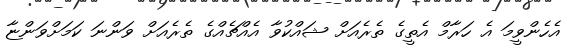
އެހެންވީމަ އެ ހަރާމް އެތީގެ ތެރެއަށް ޝައްކުވާ އެއްޗެއްގެ ތެރެއަށް ވަންނަ ކަމަށްވަންޏާ